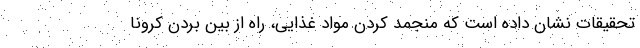
تحقیقات نشان داده است که منجمد کردن مواد غذایی، راه از بین بردن کرونا